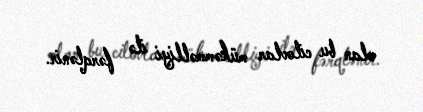
olan bu cilovlar mükəmməlliyi ilə fərqlənir.